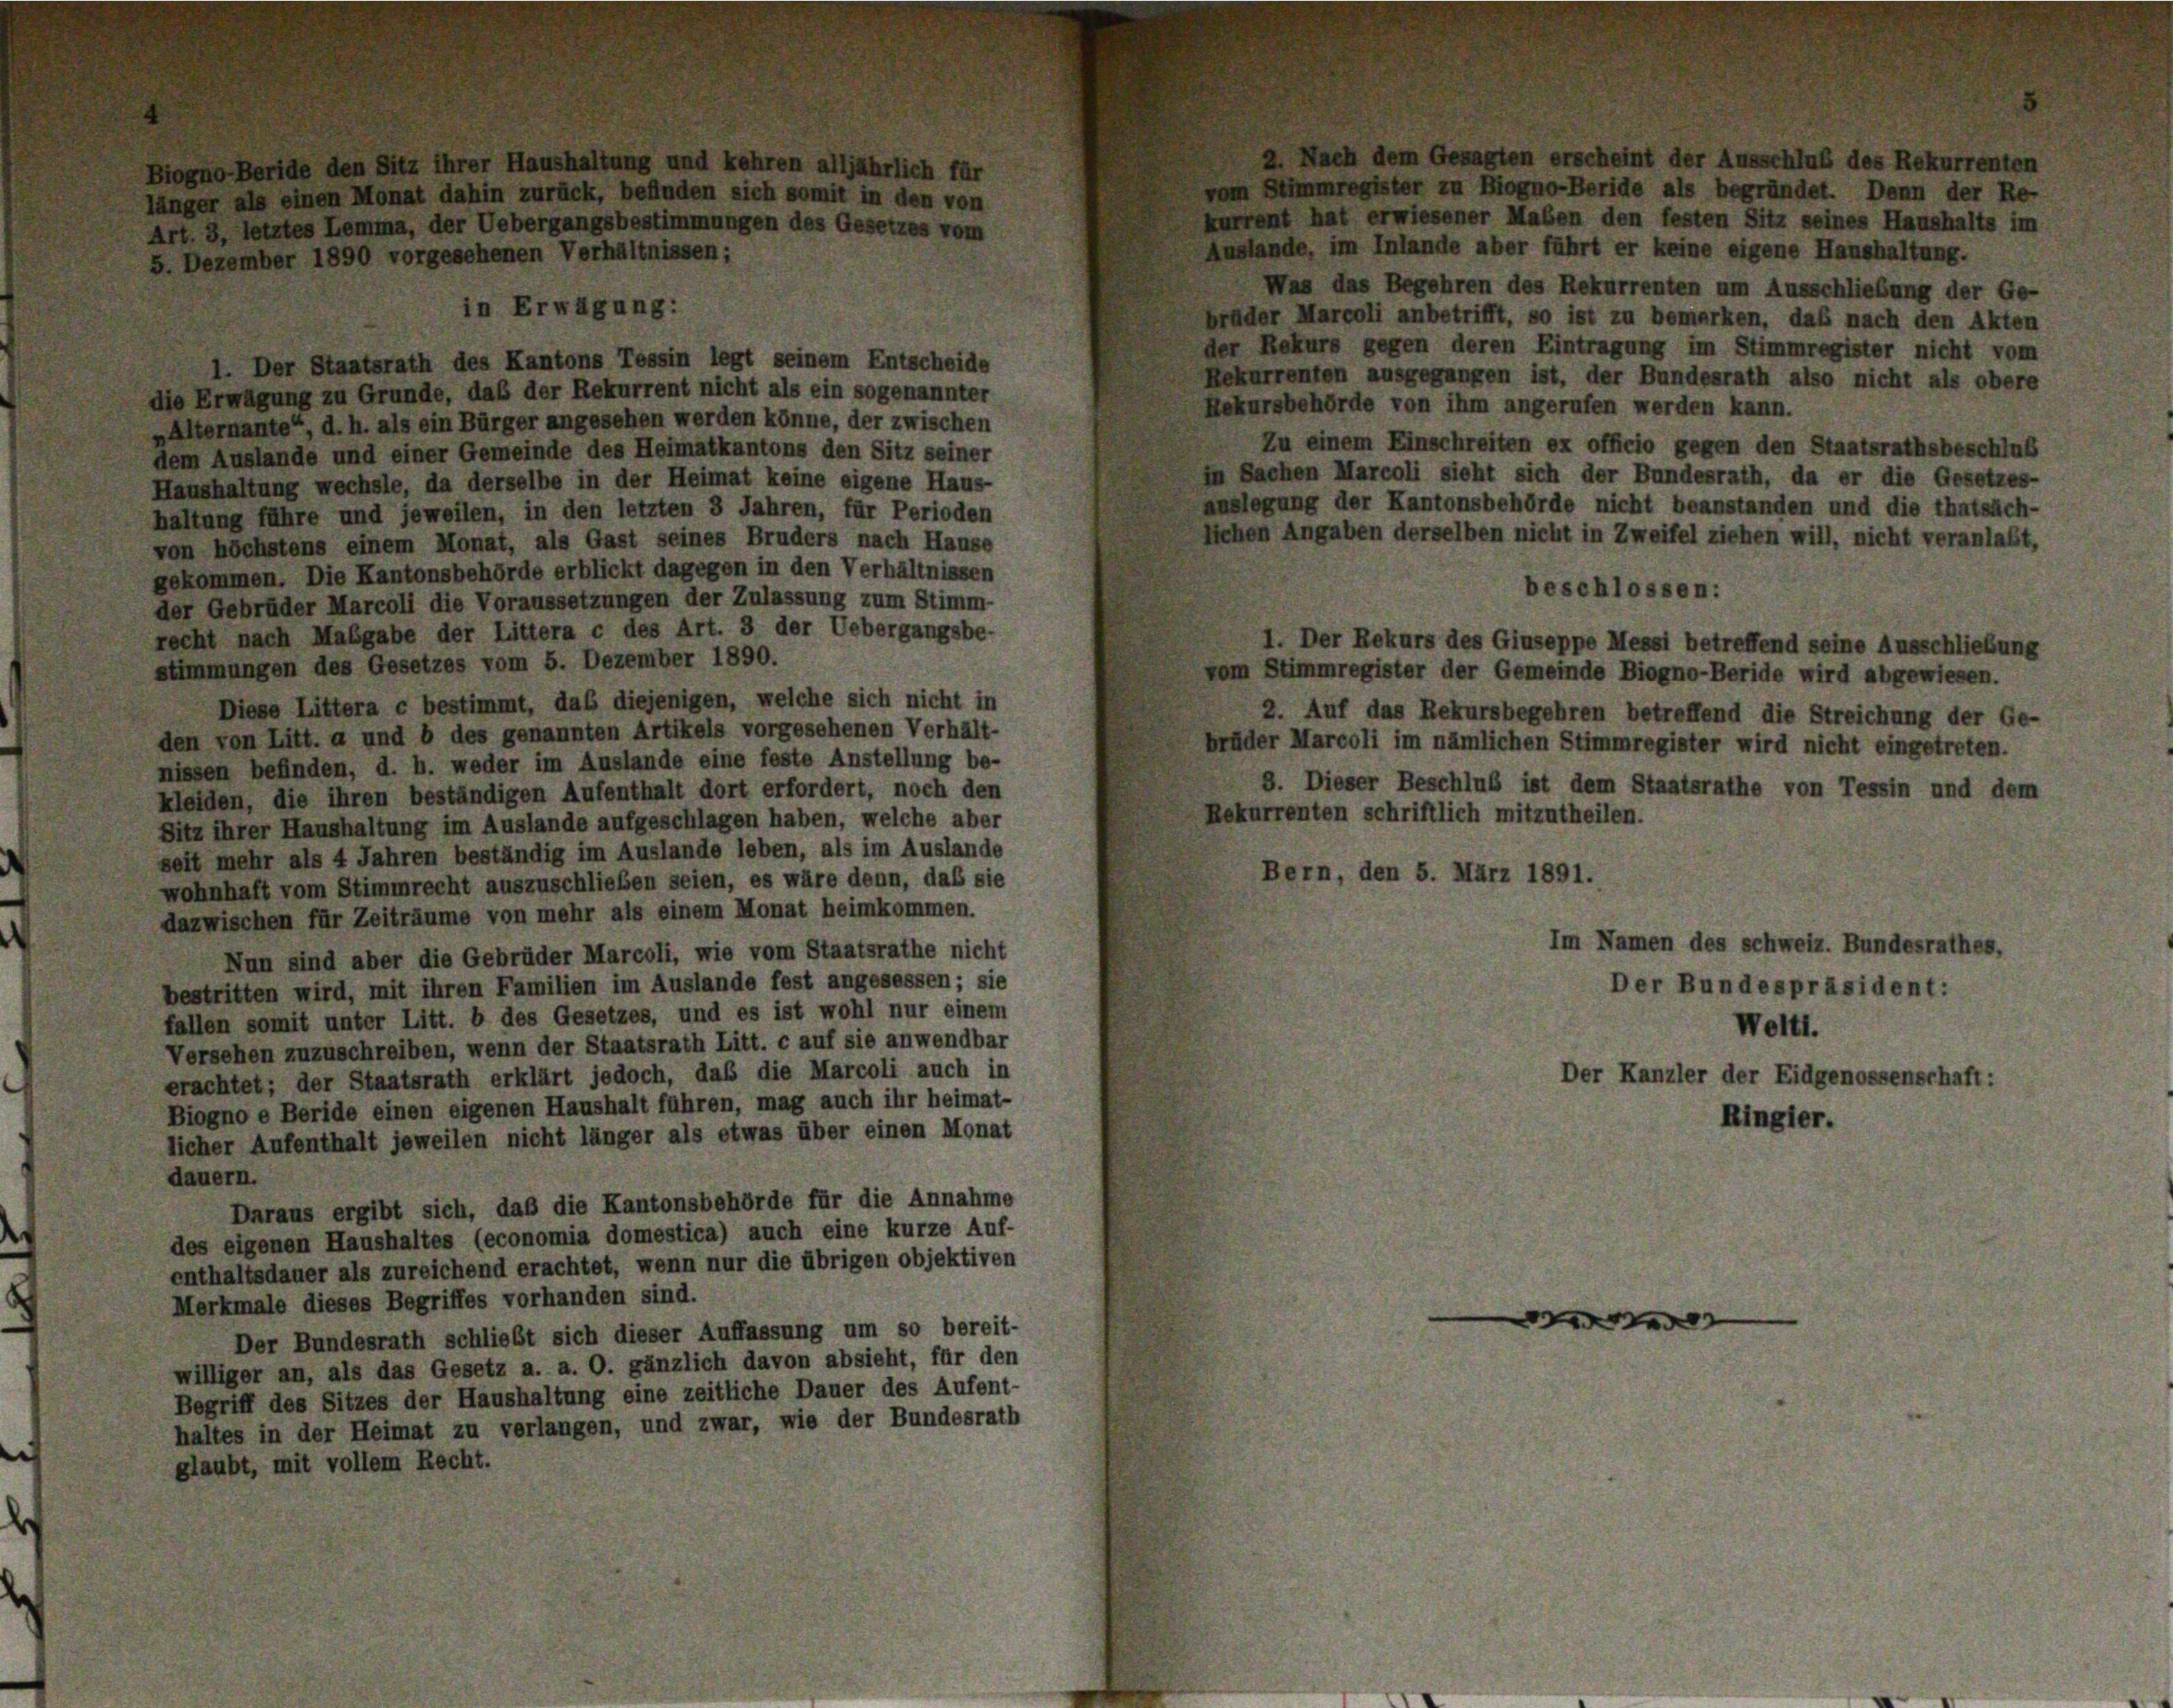
vom Stimmregister zu Biogno-Beride als begründet. Denn der Re-
länger als einen Monat dahin zurück, befinden sich somit in den von
kurrent hat erwiesener Haben den festen Sitz seines Haushalts im
Anstande, im Inlande aber führt er keine eigene Haushaltung.
Was das Begehren des Rekurrenten um Ausschließung der Ge-
brüder Marcoli anbetrifft, so ist zu bemerken, daß nach den Akten
der Rekurs gegen deren Eintragung im Stimmregister nicht vom
1. Der Staatsrath des Kantons Tessin legt seinem Entscheide
Rekurrenten ausgegangen ist, der Bundesrath also nicht als obere
die Erwägung zu Grunde, daß der Rekurrent nicht als ein sogenannter
Rekursbehörde von ihm angerufen werden kann.
„Alternante“, d. h. als ein Bürger angesehen werden könne, der zwischen
Zu einem Einschreiten ex officio gegen den Staatsrathsbeschluß
dem Auslande und einer Gemeinde des Heimatkantons den Sitz seiner
in Sachen Marcoli sieht sich der Bundesrath, da er die Gesetzes-
Haushaltung wechsle, da derselbe in der Heimat keine eigene Haus-
auslegung der Kantonsbehörde nicht beanstanden und die thatsäch-
haltung führe und jeweilen, in den letzten 3 Jahren, für Perioden
lichen Angaben derselben nicht in Zweifel ziehen will, nicht veranlaßt,
von höchstens einem Monat, als Gast seines Bruders nach Hause
gekommen. Die Kantonsbehörde erblickt dagegen in den Verhältnissen
beschlossen:
der Gebrüder Marcoli die Voraussetzungen der Zulassung zum Stimm-
recht nach Mabgabe der Littera c des Art. 3 der Uebergangsbe-
1. Der Rekurs des Giuseppe Messi betreffend seine Ausschließung
stimmungen des Gesetzes vom 5. Dezember 1890.
vom Stimmregister der Gemeinde Biogno-Beride wird abgewiesen.
Diese Littera c bestimmt, das diejenigen, welche sich nicht in
2. Auf das Rekursbegehren betreffend die Streichung der Ge-
den von Litt. a und b des genannten Artikels vorgesehenen Verhält-
brüder Marcoli im nämlichen Stimmregister wird nicht eingetreten.
nissen befinden, d. h. weder im Auslande eine feste Anstellung be-
8. Dieser Beschluß ist dem Staatsrathe von Tessin und dem
kleiden, die ihren beständigen Aufenthalt dort erfordert, noch den
Rekurrenten schriftlich mitzutheilen.
Sitz ihrer Haushaltung im Auslande aufgeschlagen haben, welche aber
seit mehr als 4 Jahren beständig im Auslande leben, als im Auslande
Bern, den 5. März 1891.
wohnhaft vom Stimmrecht auszuschlieben seien, es wäre denn, daß sie
dazwischen für Zeiträume von mehr als einem Monat heimkommen.
Im Namen des Schweiz. Bundesrathes,
Nun sind aber die Gebrüder Marcoli, wie vom Staatsrathe nicht
bestritten wird, mit ihren Familien im Auslande fest angesessen; sie
Der Bundespräsident:
fallen somit unter Litt. b des Gesetzes, und es ist wohl nur einem
Weitt.
Versehen zuzuschreiben, wenn der Staatsrath Litt. c auf sie anwendbar
erachtet; der Staatsrath erklärt jedoch, daß die Marcoli auch in
Der Kanzler der Eidgenossenschaft:
Biogno e Beride einen eigenen Haushalt führen, mag auch ihr heimat-
Ringler.
licher Aufenthalt jeweilen nicht länger als etwas über einen Monat
dauern.
Daraus ergibt sich, daß die Kantonsbehörde für die Annahme
des eigenen Haushaltes (economia domestica) auch eine kurze Auf-
enthaltsdauer als zureichend erachtet, wenn nur die übrigen objektiven
Merkmale dieses Begriffes vorhanden sind.
—
e
Der Bundesrath schließt sich dieser Auffassung um so bereit-
williger an, als das Gesetz a. a. O. gänzlich davon absieht, für den
Begriff des Sitzes der Haushaltung eine zeitliche Dauer des Aufent-
haltes in der Heimat zu verlangen, und zwar, wie der Bundesrath
glaubt, mit vollem Recht.

Art. 3, letztes Lemma, der Uebergangsbestimmungen des Gesetzes vom
5. Dezember 1890 vorgesehenen Verhältnissen;

in Erwägung:

4

der

Jub des

rrenten